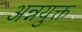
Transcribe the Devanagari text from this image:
अन्नयुक्त